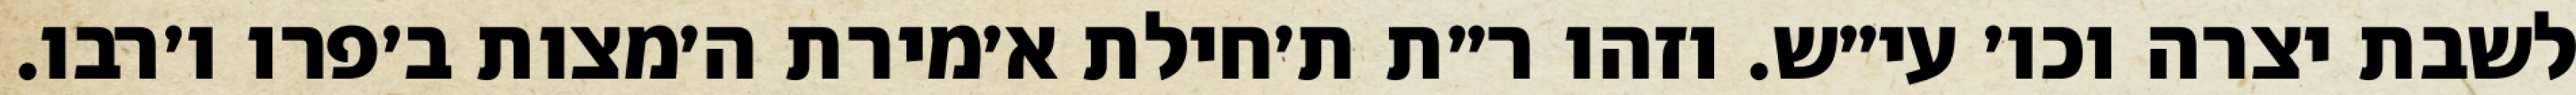
לשבת יצרה וכו׳ עי״ש. וזהו ר״ת ת׳חילת א׳מירת ה׳מצות ב׳פרו ו׳רבו.